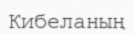
Кибеланың